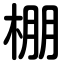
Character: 棚